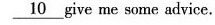
\underline{10} give me some advice.d